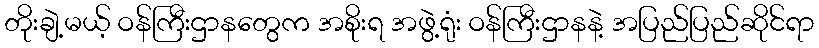
တိုးချဲ့မယ့် ဝန်ကြီးဌာနတွေက အစိုးရ အဖွဲ့ရုံး ဝန်ကြီးဌာနနဲ့ အပြည်ပြည်ဆိုင်ရာ